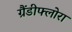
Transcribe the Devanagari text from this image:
ग्रैंडीफ्लोरा